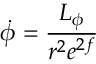
\dot { \phi } = \frac { L _ { \phi } } { r ^ { 2 } e ^ { 2 f } }